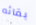
بقائه